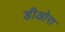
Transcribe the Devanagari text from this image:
डीओरा